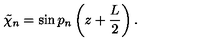
\tilde { \chi } _ { n } = \sin p _ { n } \left( z + \frac { L } { 2 } \right) .